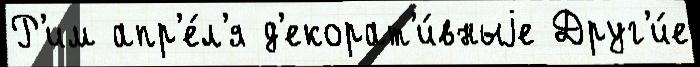
Р'им апр'е́л'я д'екорат'и́вныjе Друг'и́е